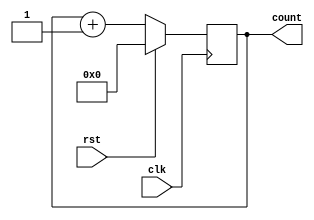
module up_counter(clk,rst,count);
input clk,rst;
output reg[3:0] count;
always@(posedge clk)
begin
	if(rst==1)
		begin
			count<=0;
		end
	else 
		begin
			count<=count+1;
		end
end
endmodule